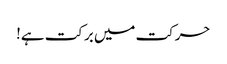
حرکت میں برکت ہے!